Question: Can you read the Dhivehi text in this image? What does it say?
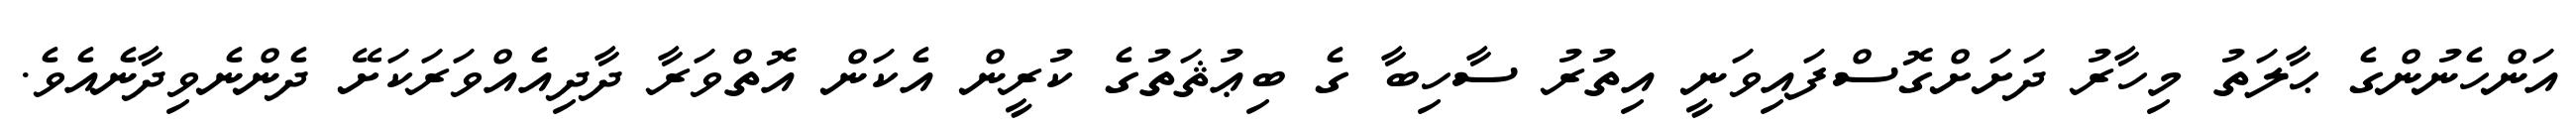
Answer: އަންހެނުންގެ ޙާލަތު މިހާރު ދަށަށްގޮސްފައިވަނީ އިތުރު ސާހިބާ ގެ ބިޢުޘަތުގެ ކުރީން އެކަން އޮތްވަރާ ދާދިއެއްވަރަކަށޭ ދެންނެވިދާނެއެވެ.